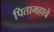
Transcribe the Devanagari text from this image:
पितामहाचे